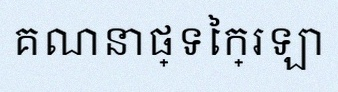
គណនាផ្ទៃក្រឡា